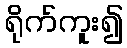
ရိုက်ကူး၍